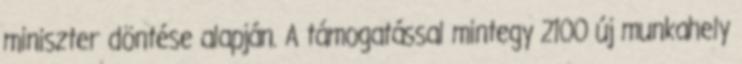
miniszter döntése alapján. A támogatással mintegy 2100 új munkahely